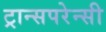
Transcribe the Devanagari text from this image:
ट्रान्सपरेन्सी